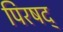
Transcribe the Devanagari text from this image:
पिरषद्